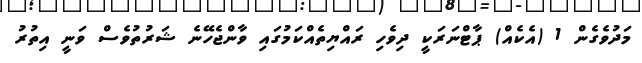
މަދުވެގެން 1 (އެކެއް) ޕާޓްނަރަކީ ދިވެހި ރައްޔިތެއްކަމުގައި ވާންޖެހޭނެ ޝަރުތުވެސް ވަނީ އިތުރު